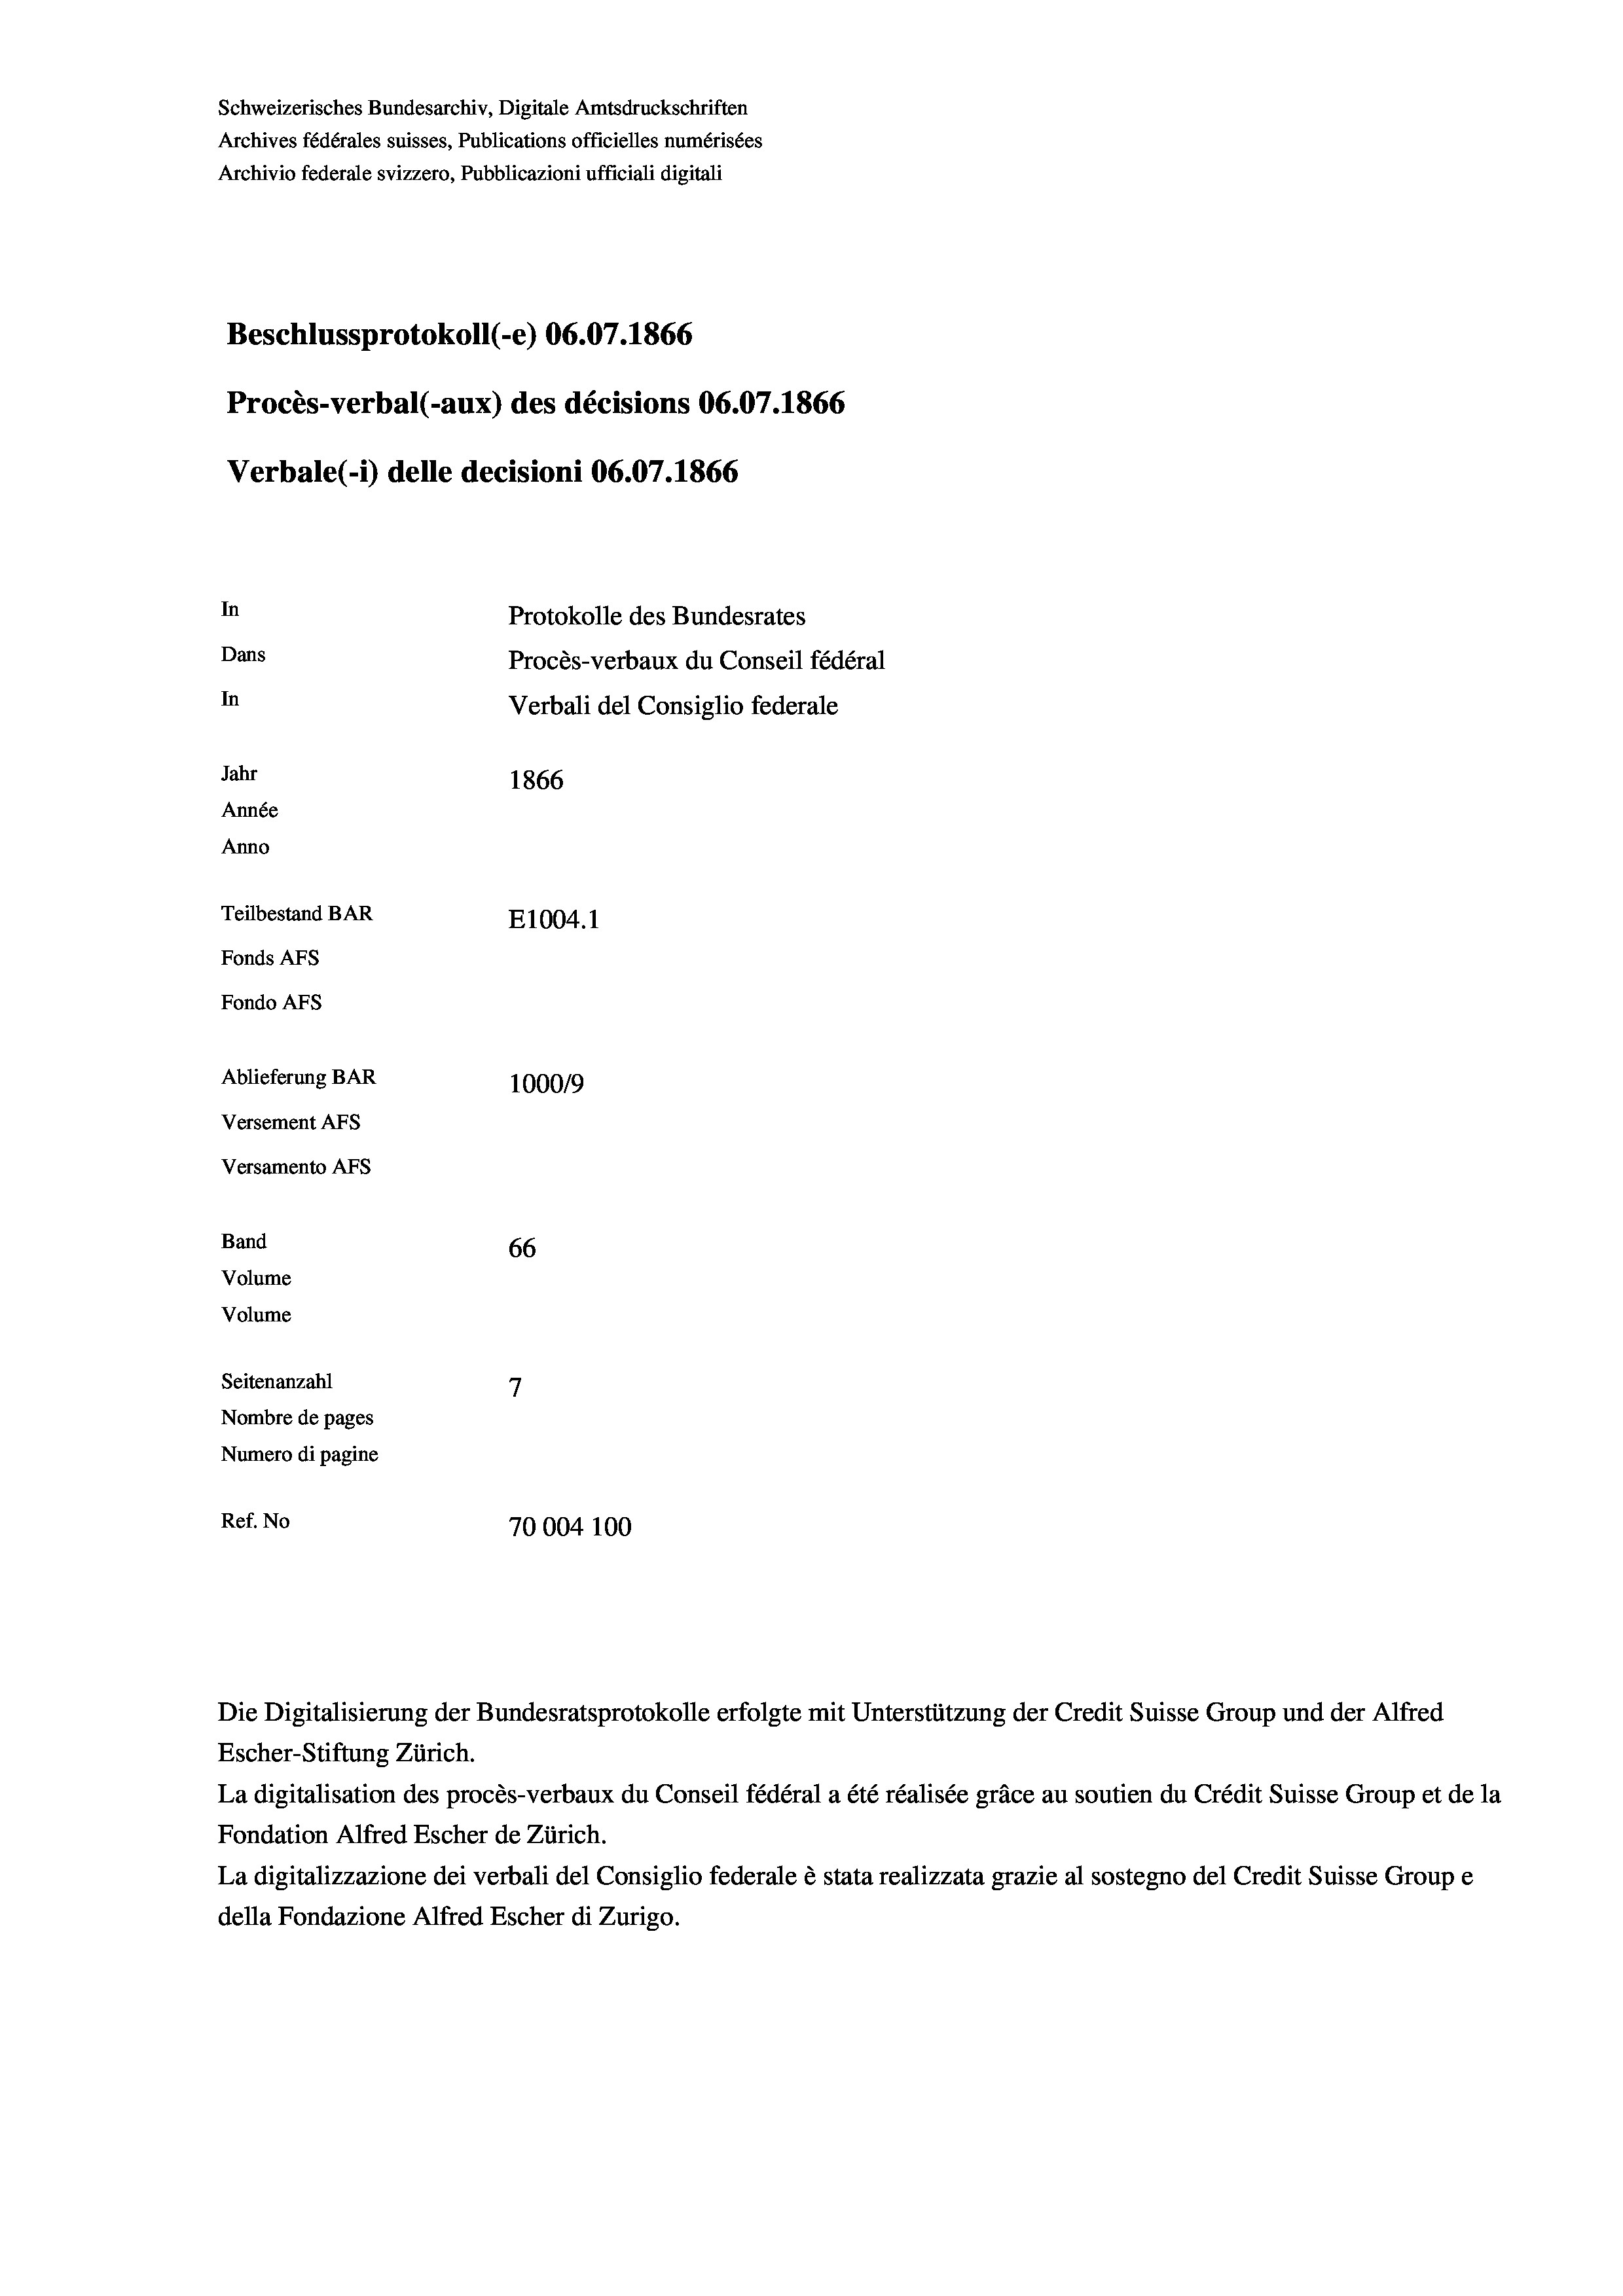
Schweizerisches Bundesarchiv, Digitale Amtsdruckschriften
Archives fédérales suisses, Publications officielles numérisées
Archivio federale svizzero, Pubblicazioni ufficiali digitali
Beschlussprotokoll (-e) 06.07. 1866
Procès-verbal (-aux) des décisions 06.07.1866
Verbale (i) delle decisioni 06.07. 1866
In
Protokolle des Bundesrates
Dans
Procès-verbaux du Conseil fédéral
In
Verbali del Consiglio federale
Jahr
1866
Année
Anno
Teilbestand BAR
E1004.1
Fonds AFs
Fondo AFS
Ablieferung BAR
100019
Versement Abs
Versamento Afs
Band
66
Volume
Volume

7
Seitenanzahl
Nombre de pages
Numero di pagine
Ref. No
70004 100

Escher-Stiftung Zürich.
La digitalisation des procès-verbaux du Conseil fédéral a été réalisée gräce au soutien du Crédit Suisse Group et de la
Fondation Alfred Escher de Zürich.
La digitalizzazione dei verbali del Consiglio federale è stata realizzata grazie al sostegno del Credit Suisse Groupe
della Fondazione Alfred Escher di Zurigo.

Die Digitalisierung der Bundesratsprotokolle erfolgte mit Unterstützung der Credit Suisse Group und der Alfred